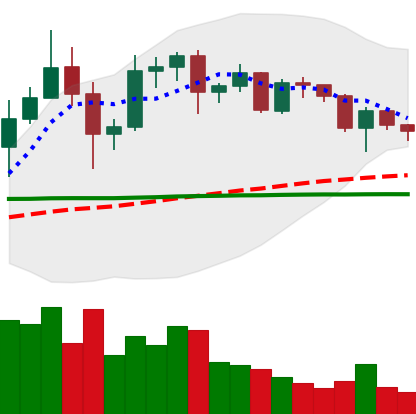
Ticker: ADA-USD
Chart end date: 2020-12-11
Forward return: 20.179%
Label: up_7plus